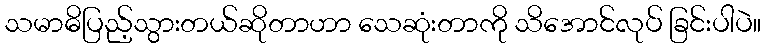
သမာဓိပြည့်သွားတယ်ဆိုတာဟာ သေဆုံးတာကို သိအောင်လုပ် ခြင်းပါပဲ။